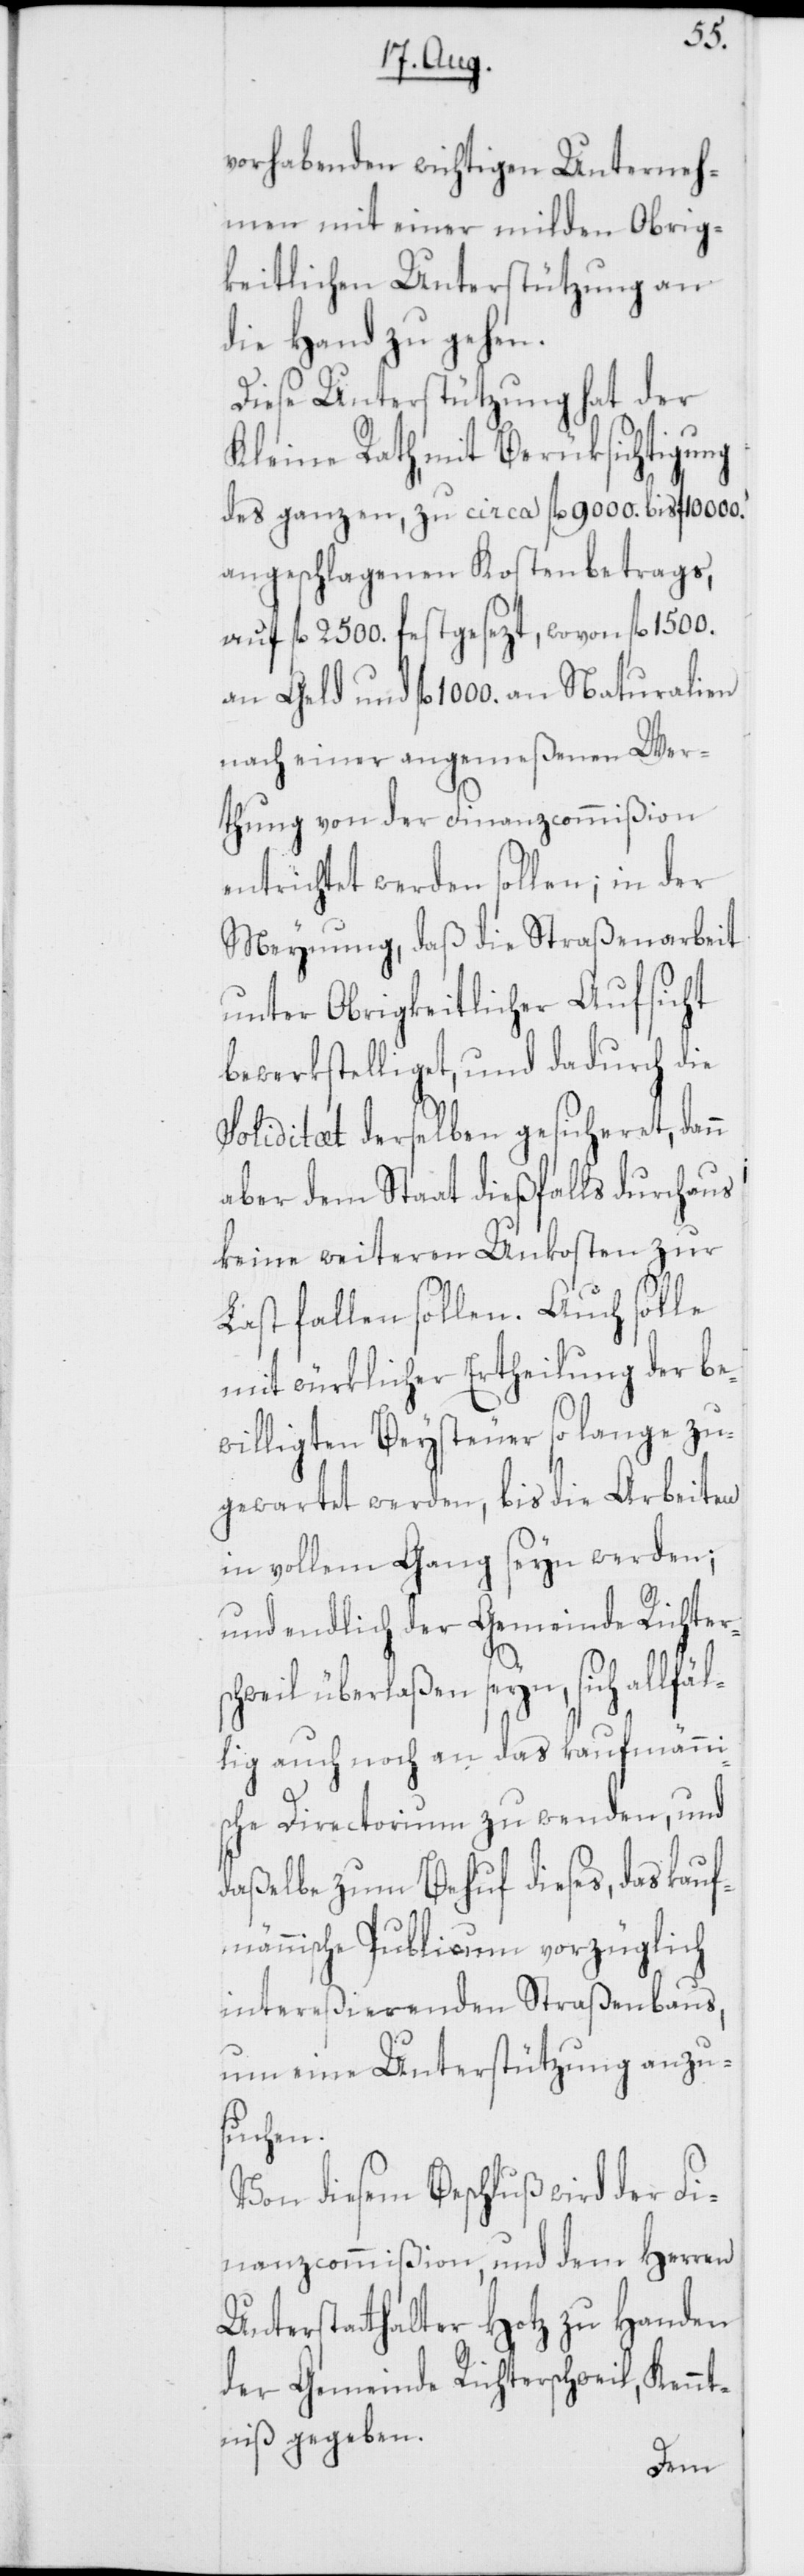
vorhabenden wichtigen Unterneh¬
men mit einer milden Obrig¬
keitlichen Unterstützung an
die Hand zu gehen.
Diese Unterstützung hat der
Kleine Rath, mit Berüksichtigung
des ganzen, zu circa fl. 9000. bis fl. 10 000.
angeschlagenen Kostenbetrags,
auf fl. 2500. festgesezt, wovon fl. 1500.
an Geld und fl. 1000. an Naturalien
nach einer angemeßenen Wer¬
thung von der Finanzcommißion
entrichtet werden sollen; in der
Meynung, daß die Straßenarbeit
unter Obrigkeitlicher Aufsicht
bewerkstelliget, und dadurch die
Soliditæt derselben gesicheret, dann
aber dem Staat dießfalls durchaus
keine weiteren Unkosten zur
Last fallen sollen. Auch solle
mit würklicher Ertheilung der be¬
willigten Beysteuer so lange zu¬
gewartet werden, bis die Arbeiten
in vollem Gang seyn werden;
und endlich der Gemeinde Richter¬
schweil überlaßen seyn, sich allfäl¬
lig auch noch an das kaufmänni¬
sche Directorium zu wenden, und
daßelbe zum Behuf dieses, das kauf¬
männische Publicum vorzüglich
intereßierenden Straßenbaus,
um eine Unterstützung anzu¬
suchen.
Von diesem Beschluß wird der Fi¬
nanzcommißion, und dem Herren
Unterstatthalter Hotz zu Handen
der Gemeinde Richterschweil, Kenn¬
tniß gegeben.